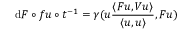
\mathrm { d } F \circ f u \circ t ^ { - 1 } = \gamma ( u \frac { \langle \boldsymbol { F } u , \boldsymbol { V } u \rangle } { \langle u , u \rangle } , \boldsymbol { F } u )